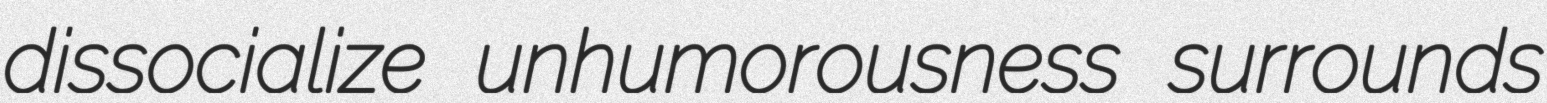
dissocialize unhumorousness surrounds